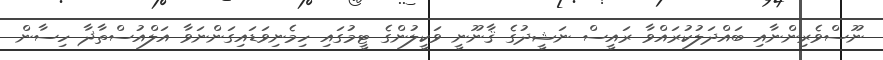
ނޫސްވެރިންނާއި ބައްދަލުކުރައްވާ ރައީސް ނަޝީދުގެ ޤާނޫނީ ވަކީލުންގެ ޓީމުގައި ހިމެނިވަޑައިގަންނަވާ އަލްއުސްތާޛާ ހިސާން